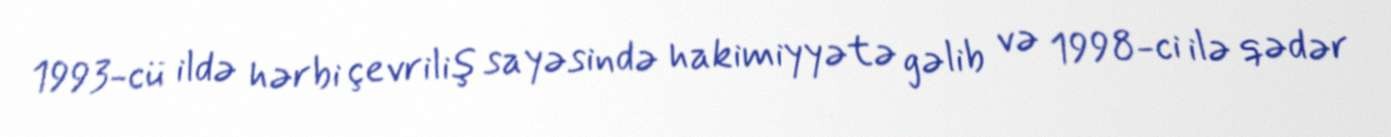
1993-cü ildə hərbi çevriliş sayəsində hakimiyyətə gəlib və 1998-ci ilə qədər